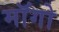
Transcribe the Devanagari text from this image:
माॅगो